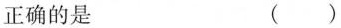
正确的是 ()